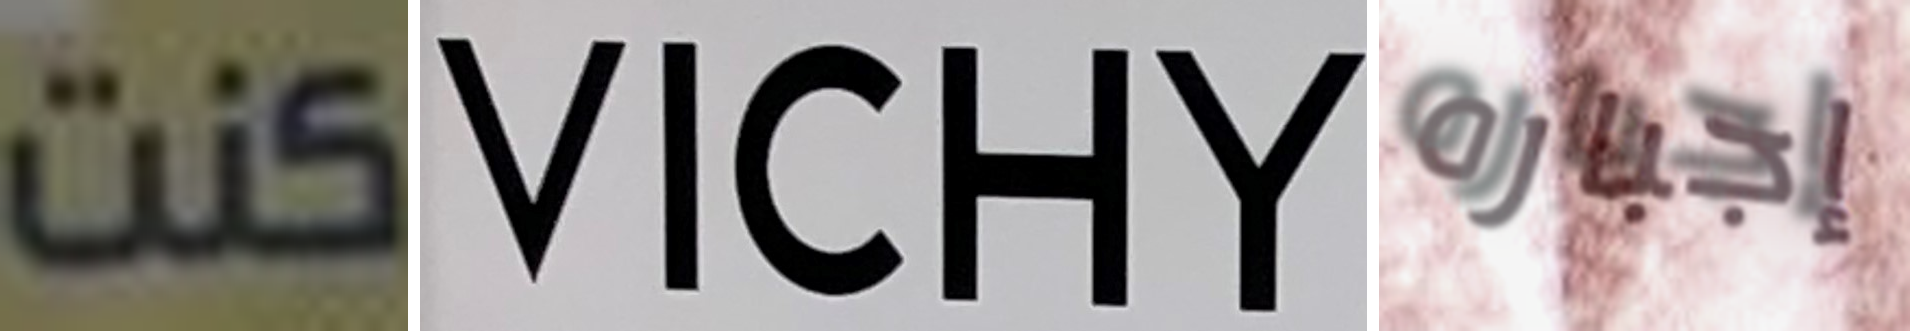
كنت VICHY إجباره